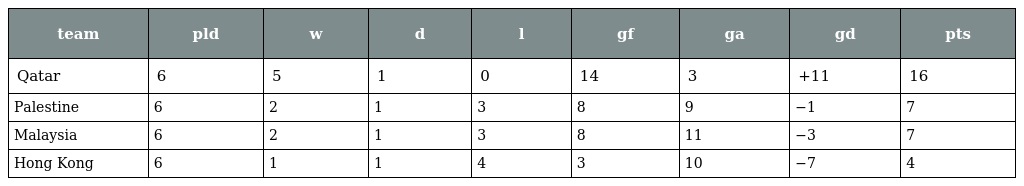
| team | pld | w | d | l | gf | ga | gd | pts |
 | --- | --- | --- | --- | --- | --- | --- | --- | --- |
 | Qatar | 6 | 5 | 1 | 0 | 14 | 3 | +11 | 16 |
 | Palestine | 6 | 2 | 1 | 3 | 8 | 9 | −1 | 7 |
 | Malaysia | 6 | 2 | 1 | 3 | 8 | 11 | −3 | 7 |
 | Hong Kong | 6 | 1 | 1 | 4 | 3 | 10 | −7 | 4 |